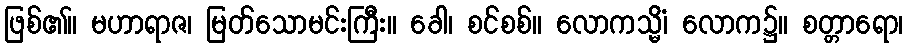
ဖြစ်၏။ မဟာရာဇ၊ မြတ်သောမင်းကြီး။ ခေါ၊ စင်စစ်။ လောကသ္မိံ၊ လောက၌။ စတ္တာရော၊